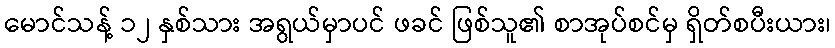
မောင်သန့် ၁၂ နှစ်သား အရွယ်မှာပင် ဖခင် ဖြစ်သူ၏ စာအုပ်စင်မှ ရှိတ်စပီးယား၊